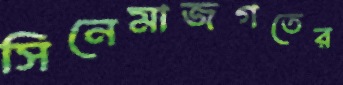
সিনেমাজগতের